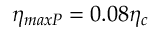
\eta _ { m a x P } = 0 . 0 8 \eta _ { c }